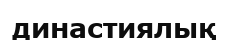
династиялық